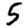
Digit: 5